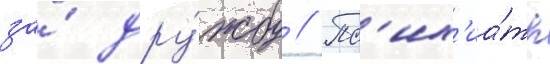
за́ дру́жбу // Пс'их'иа́тр